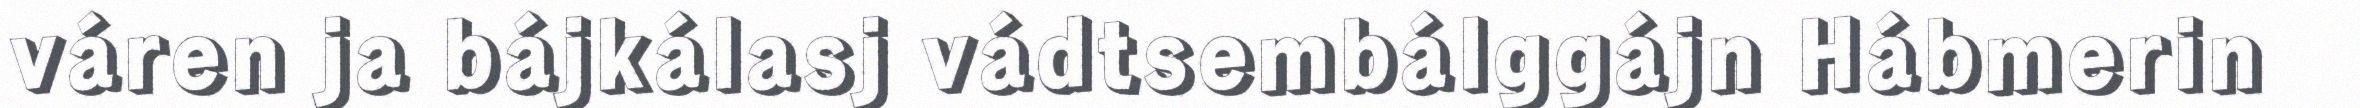
váren ja bájkálasj vádtsembálggájn Hábmerin